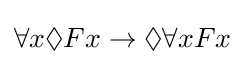
\forall x\Diamond Fx\rightarrow \Diamond \forall xFx